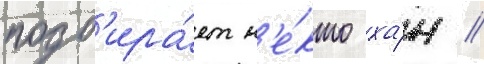
подб'ира́ет н'е́кто ха́н //